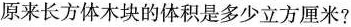
原来长方体木块的体积是多少立方厘米?